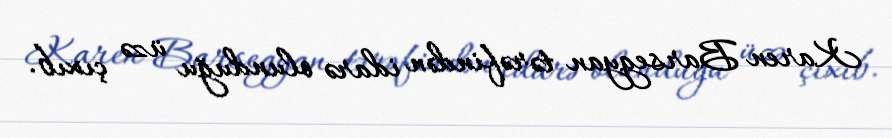
Karen Barsegyan tərəfindən idarə olunduğu üzə çıxıb.